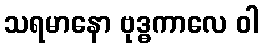
သရမာနော ဗုဒ္ဓကာလေ ဝါ